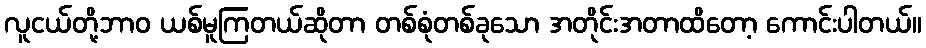
လူငယ်တို့ဘာဝ ယစ်မူကြတယ်ဆိုတာ တစ်စုံတစ်ခုသော အတိုင်းအတာထိတော့ ကောင်းပါတယ်။